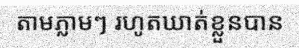
តាមភ្លាមៗ រហូតឃាត់ខ្លួនបាន